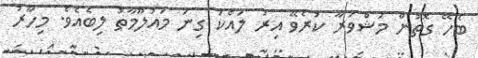
ބެހޭ ގޮތުން މަޝްވަރާ ކުރެވޭ އިރު ލައްކަ ގިނަ މައުލޫމާތު ލިބެއެވެ. މިހާރު